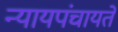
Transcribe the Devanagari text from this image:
न्यायपंचायते